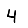
Digit: 4